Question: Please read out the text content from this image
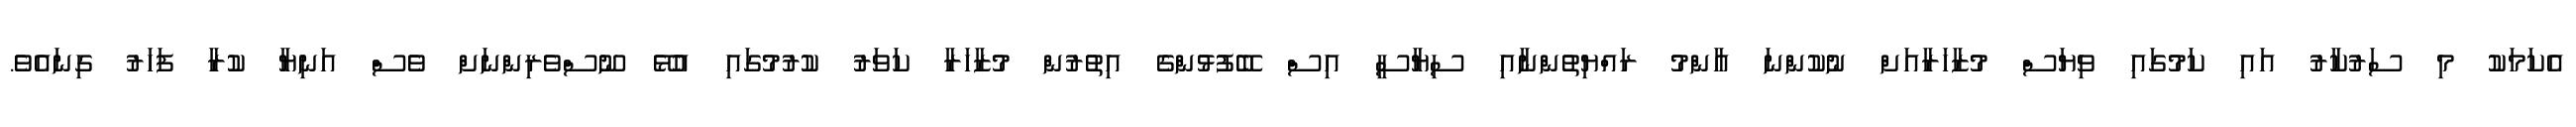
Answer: އެކަމަކު މި ސަރުކާރު އައި ކަމުގައި ވިޔަސް މުޒާހަރާއަށް ނުކުންނަ އާންމު ރައްޔިތުންނާއި ސިޔާސީ އިސް ބޭފުޅުންގެ އިތުރުން މުޒާހަރާ ކަވަރު ކުރުމުގައި އުޅޭ ނޫސްވެރިންނަށް ވެސް އަނިޔާ ކުރާ ފަހަރު ގިނައެވެ.